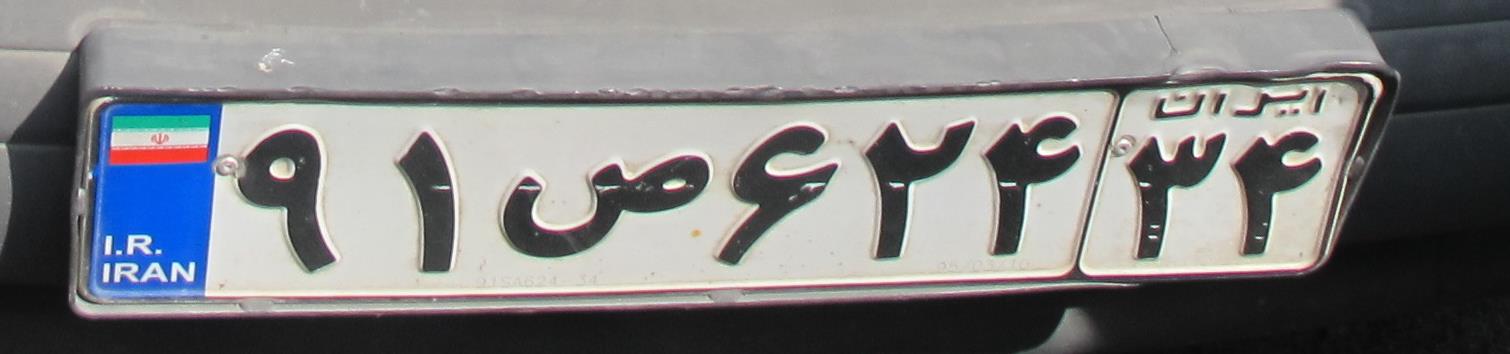
۹۱ص۶۲۴۳۴